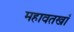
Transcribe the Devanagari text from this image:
महावतखाँ